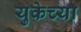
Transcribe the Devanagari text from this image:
युकेच्या